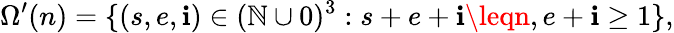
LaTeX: \Omega^{\prime}(n)=\{ (s,e,\mathbf{i})\in(\mathbb{{N}}\cup0)^{3}:s+e+\mathbf{i}\leqn,e+\mathbf{i}\geq1\} ,